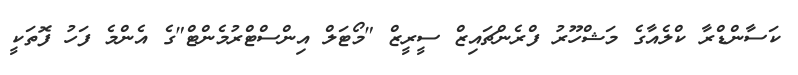
ކަސާންޑްރާ ކްލެއާގެ މަޝްހޫރު ފްރެންޗައިޒް ސީރީޒް "މޯޓަލް އިންސްޓްރުމެންޓް"ގެ އެންމެ ފަހު ފޮތަކީ